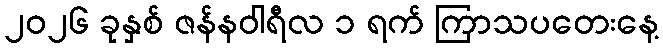
၂၀၂၆ ခုနှစ် ဇန်နဝါရီလ ၁ ရက် ကြာသပတေးနေ့